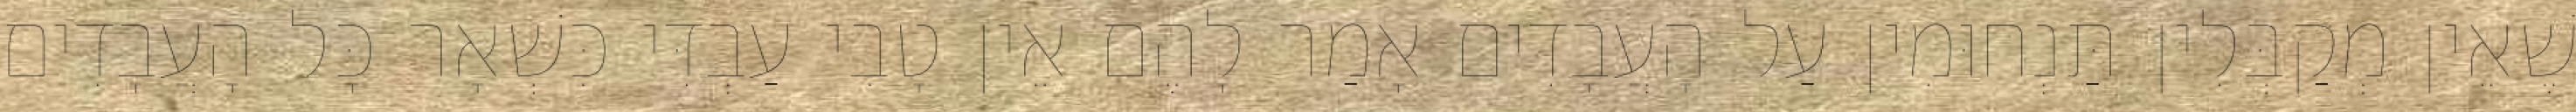
שֶׁאֵין מְקַבְּלִין תַּנְחוּמִין עַל הָעֲבָדִים אָמַר לָהֶם אֵין טָבִי עַבְדִּי כִּשְׁאָר כָּל הָעֲבָדִים